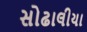
સોઢાલીયા